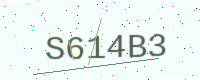
Text: S614B3